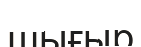
шығыр